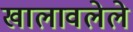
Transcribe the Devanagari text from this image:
खालावलेले